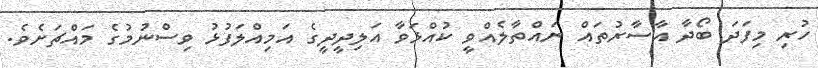
ހުރި މިފަދަ ބޯދާ އާސާރުތައް ނައްތާލެއްވީ ކުއްޅަވާ އަލިދީދީގެ އަމިއްލަފުޅު ވިސްނުމުގެ މައްޗަށެވެ.